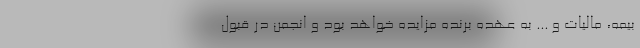
بیمه، مالیات و ... به عهده برنده مزایده خواهد بود و انجمن در قبول